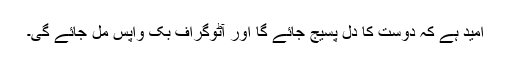
امید ہے کہ دوست کا دل پسیج جائے گا اور آٹوگراف بک واپس مل جائے گی۔